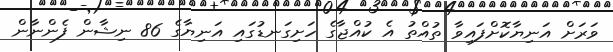
ވަރަށް އަނިޔާކޮށްފައިވާ ތުއްތު އެ ކުއްޖާގެ ހަށިގަނޑުގައި އަނިޔާގެ 86 ނިޝާން ފެންނާން